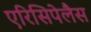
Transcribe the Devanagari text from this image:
एरिसिपेलैस